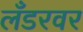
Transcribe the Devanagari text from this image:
लँडरवर